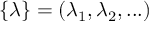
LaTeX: \{ \lambda \} = ( \lambda _ { 1 } , \lambda _ { 2 } , . . . )